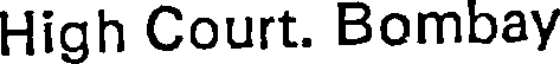
High Court. Bombay